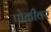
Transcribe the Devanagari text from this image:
पोळीवर